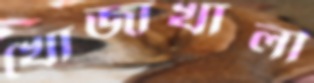
খোজাখালী